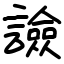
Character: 譣